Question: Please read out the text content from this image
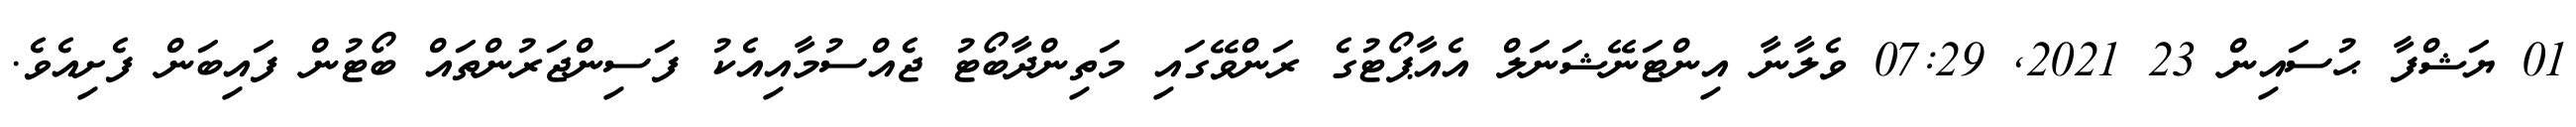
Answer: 01 ޔަޝްފާ ޙުސައިން 23 2021, 07:29 ވެލާނާ އިންޓަނޭޝަނަލް އެއާޕޯޓުގެ ރަންވޭގައި މަތިންދާބޯޓު ޖެއްސުމާއިއެކު ފަސިންޖަރުންތައް ބޯޓުން ފައިބަން ފެށިއެވެ.